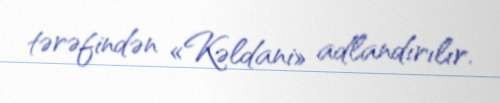
tərəfindən «Kəldani» adlandırılır.